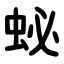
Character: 䖩